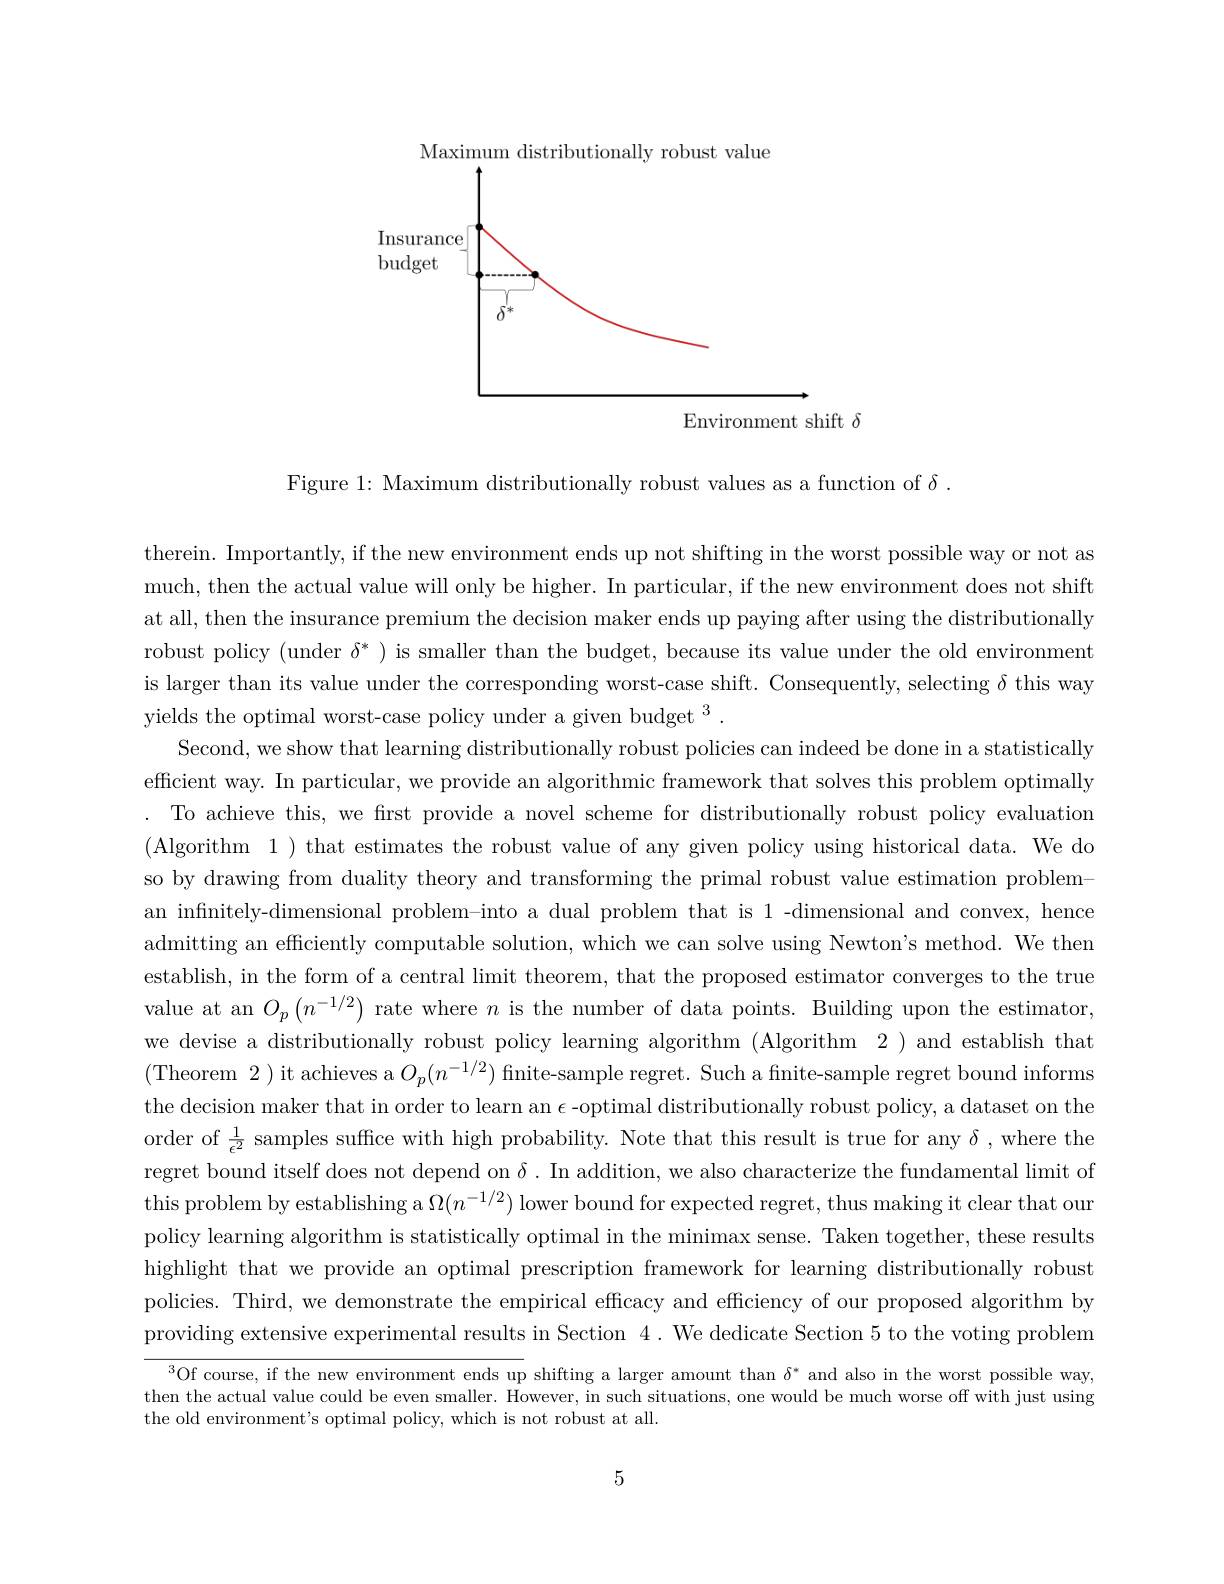
<FigureHere>
Environment shift $\delta$

Figure 1: Maximum distributionally robust values as a function of $\delta.$

therein. Importantly, if the new environment ends up not shifting in the worst possible way or not as much, then the actual value will only be higher. In particular, if the new environment does not shift at all, then the insurance premium the decision maker ends up paying after using the distributionally robust policy (under $\delta^*$ ) is smaller than the budget, because its value under the old environment is larger than its value under the corresponding worst-case shift. Consequently, selecting $\delta$ this way yields the optimal worst-case policy under a given budget $^3.$
Second, we show that learning distributionally robust policies can indeed be done in a statistically efficient way. In particular, we provide an algorithmic framework that solves this problem optimally . To achieve this, we first provide a novel scheme for distributionally robust policy evaluation (Algorithm 1) that estimates the robust value of any given policy using historical data. We do so by drawing from duality theory and transforming the primal robust value estimation probleman infinitely-dimensional problem-into a dual problem that is 1 -dimensional and convex, hence admitting an efficiently computable solution, which we can solve using Newton's method. We then establish, in the form of a central limit theorem, that the proposed estimator converges to the true value at an $O_p\left(n^{-1/2}\right)$ rate where $n$ is the number of data points. Building upon the estimator, we devise a distributionally robust policy learning algorithm (Algorithm 2) and establish that (Theorem 2 ) it achieves a $O_p(n^-1/2)$ finite-sample regret. Such a fnite-sample regret bound informs the decision maker that in order to learn an $\epsilon$-optimal distributionally robust policy, a dataset on the order of $\frac1{\epsilon^{2}}$ samples suffice with high probability. Note that this result is true for any $\delta$,where the regret bound itself does not depend on $\delta.$ In addition, we also characterize the fundamental limit of this problem by establishing a $\Omega(n^-1/2)$ lower bound for expected regret, thus making it clear that our policy learning algorithm is statistically optimal in the minimax sense. Taken together, these results highlight that we provide an optimal prescription framework for learning distributionally robust policies. Third, we demonstrate the empirical efficacy and efficiency of our proposed algorithm by providing extensive experimental results in Section 4. We dedicate Section 5 to the voting problem
$^{3}$Of course, if the new environment ends up shifting a larger amount than $\delta^*$ and also in the worst possible way,

then the actual value could be even smaller. However, in such situations, one would be much worse off with just using
the old environment's optimal policy, which is not robust at all.

5